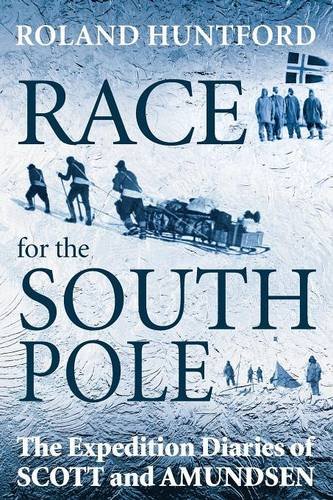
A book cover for Race for the South Pole: The Expedition Diaries of Scott and Amundsen; Roland Huntford; History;